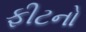
ફીટનો